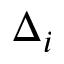
\Delta _ { i }